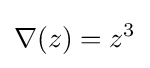
\nabla (z)=z^{3}